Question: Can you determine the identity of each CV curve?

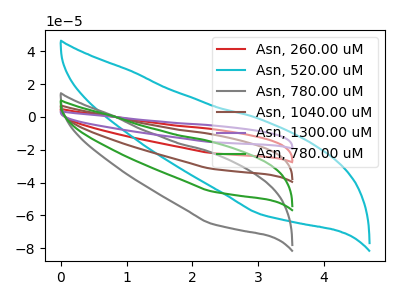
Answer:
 <answer>The red curve is labeled "Asn, 260.00 uM". The cyan curve is labeled "Asn, 520.00 uM". The gray curve is labeled "Asn, 780.00 uM". The brown curve is labeled "Asn, 1040.00 uM". The purple curve is labeled "Asn, 1300.00 uM". The green curve is labeled "Asn, 780.00 uM".</answer>
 <eval></eval>